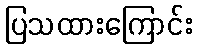
ပြသထားကြောင်း